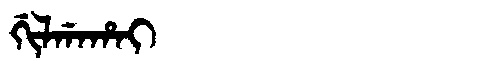
Manchu: ᡤᡳᠯᡤᠠᡥᠠᡳ
Romanization: GILGAHAI